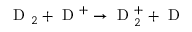
\mathrm { ~ D ~ } _ { 2 } + \mathrm { ~ D ~ } ^ { + } \rightarrow \mathrm { ~ D ~ } _ { 2 } ^ { + } + \mathrm { ~ D ~ }